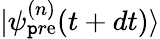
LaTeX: |\psi_{\mathtt{p}r\mathrm{e}}^{(n)}(t+dt)\rangle